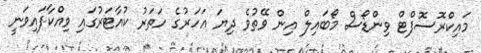
މައިކްރޮސޮފްޓް ވިންޑޯސް މޯބައިލް އިން ވޭތުވެ ދިޔަ އަހަރުގެ ހަތަރު ކުއާޓަރުގައި ވިއްކާފައިވަނީ